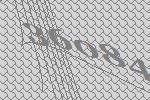
36084